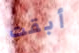
أبقت